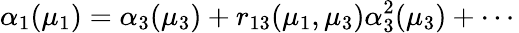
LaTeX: \alpha_{1}(\mu_{1})=\alpha_{3}(\mu_{3})+r_{13}(\mu_{1},\mu_{3})\alpha_{3}^{2}(\mu_{3})+\cdots\,